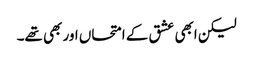
لیکن ابھی عشق کے امتحاں اور بھی تھے۔